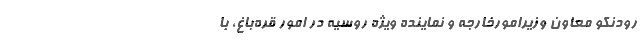
رودنکو معاون وزیرامورخارجه و نماینده ویژه روسیه در امور قره‌باغ، با